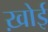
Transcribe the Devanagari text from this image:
ख़ोई